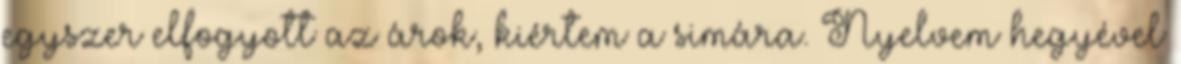
egyszer elfogyott az árok, kiértem a simára. Nyelvem hegyével